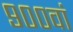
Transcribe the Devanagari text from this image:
९००वां